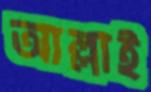
আল্লাই